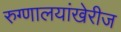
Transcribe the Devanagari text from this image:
रुग्णालयांखेरीज